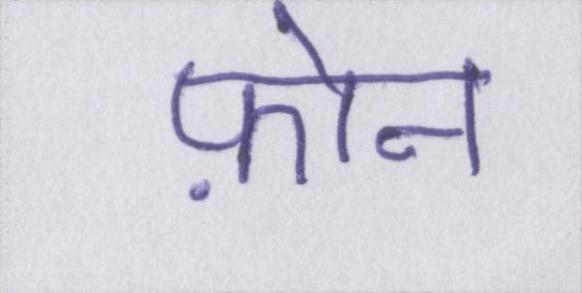
फ़ोन